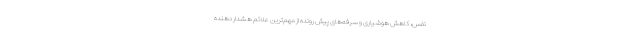
نفس، کاهش هوشیاری و سرفه‌های پیش رونده از مهم‌ترین علائم هشدار دهنده